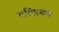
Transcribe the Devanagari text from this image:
गतिप्रचार